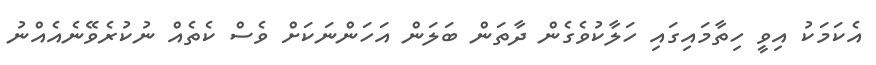
އެކަމަކު އިވީ ހިތާމައިގައި ހަލާކުވެގެން ދާތަން ބަލަން އަހަންނަކަށް ވެސް ކެތެއް ނުކުރެވޭނެއެއްނު